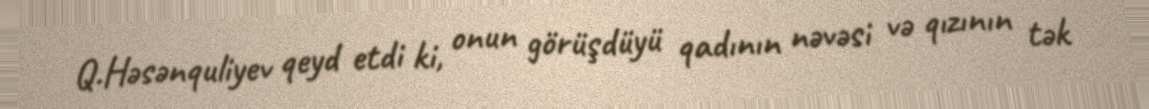
Q.Həsənquliyev qeyd etdi ki, onun görüşdüyü qadının nəvəsi və qızının tək